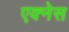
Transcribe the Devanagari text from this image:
एक्नेस